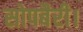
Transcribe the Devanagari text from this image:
सोपबैरी।